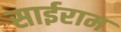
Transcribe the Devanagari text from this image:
साईराम